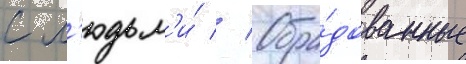
с л'юдьм'и́ // Обра́дованные